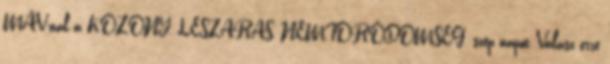
MÁV-nál a KÖZÖNY, LESZARÁS, NEMTÖRŐDÖMSÉG. szép napot Válasz erre